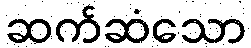
ဆက်ဆံသော